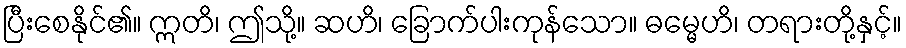
ပြီးစေနိုင်၏။ ဣတိ၊ ဤသို့။ ဆဟိ၊ ခြောက်ပါးကုန်သော။ ဓမ္မေဟိ၊ တရားတို့နှင့်။